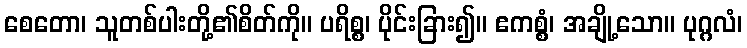
စေတော၊ သူတစ်ပါးတို့၏စိတ်ကို။ ပရိစ္စ၊ ပိုင်းခြား၍။ ဧကစ္စံ၊ အချို့သော။ ပုဂ္ဂလံ၊